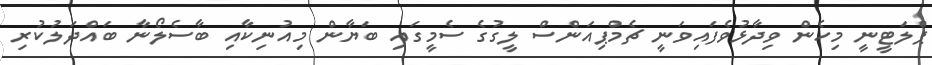
ޕްލަޓީނީ މިހެން ވިދާޅުވެފައިވަނީ ޗެމްޕިއަންސް ލީގުގެ ސެމީގައި ބަޔާން މިއުނިކާއި ބާސެލޯނާ ބައްދަލުކުރި